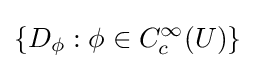
\{D_{\phi }:\phi \in C_{c}^{\infty }(U)\}